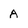
Character: A